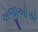
એજીઓએ